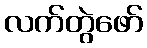
လက်တွဲဖော်